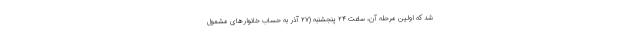
شد که اولین مرحله آن، ساعت ۲۴ پنجشنبه (۲۷ آذر به حساب خانوارهای مشمول